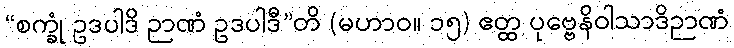
“စက္ခုံ ဥဒပါဒိ ဉာဏံ ဥဒပါဒီ”တိ (မဟာဝ။ ၁၅) ဧတ္ထ ပုဗ္ဗေနိဝါသာဒိဉာဏံ